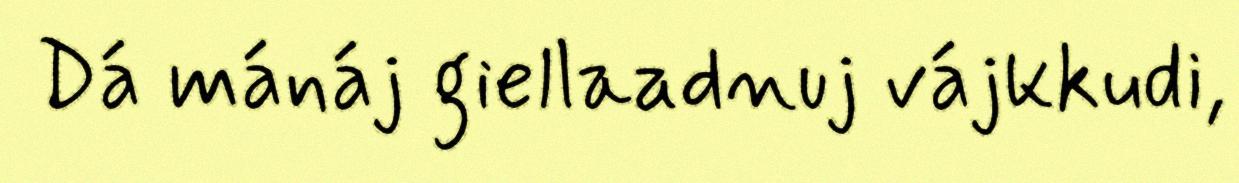
Dá mánáj giellaadnuj vájkkudi,